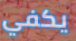
يكفي